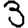
Digit: 3